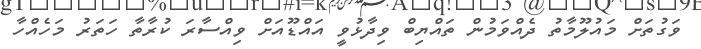
ވަގުތަށް މައުލޫމާތު ދެއްވަމުން ތައްޔިބް ވިދާޅުވީ އައްޑޫއަށް ވިއްސާރަ ކުރާތާ ހަތަރު މަހެއްހާ